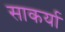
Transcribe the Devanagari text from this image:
साकर्या